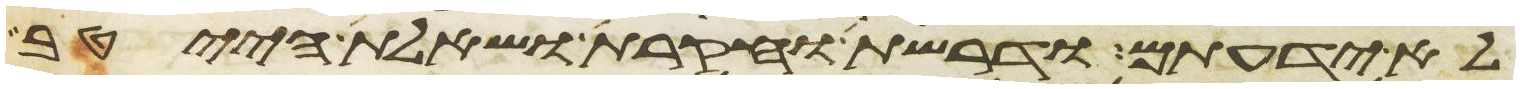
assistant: לא ידעתם ודרשת וחקרת ושאלת הייטב